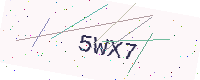
Text: 5WX7